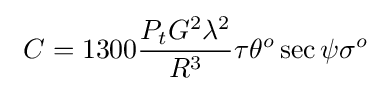
\ C=1300{\frac {P_{t}G^{2}\lambda ^{2}}{R^{3}}}\tau \theta ^{o}\sec \psi \sigma ^{o}